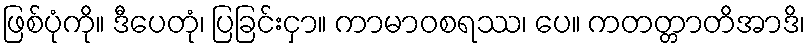
ဖြစ်ပုံကို။ ဒီပေတုံ၊ ပြခြင်းငှာ။ ကာမာဝစရဿ၊ ပေ။ ကတတ္တာတိအာဒိ၊